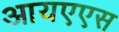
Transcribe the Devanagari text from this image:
आयएएस